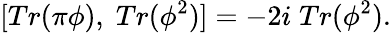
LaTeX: [Tr(\pi\phi),\; Tr(\phi^{2})]=-2i\; Tr(\phi^{2}).